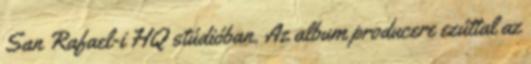
San Rafael-i HQ stúdióban. Az album producere ezúttal az